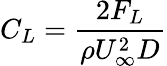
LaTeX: C_{L}=\frac{2F_{L}}{\rho U_{\infty}^{2}D}